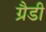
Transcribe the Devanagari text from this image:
ग्रैडी